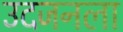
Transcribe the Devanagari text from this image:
उदजनला